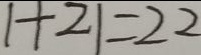
1 + 2 1 = 2 2